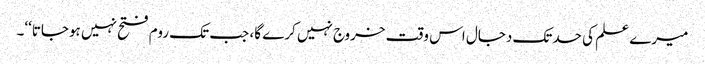
میرے علم کی حدتک دجال اس وقت خروج نہیں کرے گا، جب تک روم فتح نہیں ہوجاتا‘‘۔